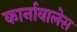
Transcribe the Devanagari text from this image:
कार्नावालेस